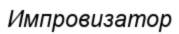
Импровизатор